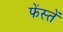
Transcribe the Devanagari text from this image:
फेंस्तें